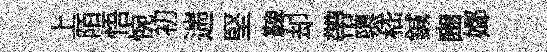
上陌悟惋初遄堅鞞却帶隳嵇鍼豳嫏